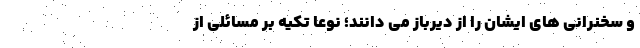
و سخنرانی های ایشان را از دیرباز می دانند؛ نوعا تکیه بر مسائلی از